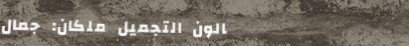
صالون التجميل ملكان: جمال